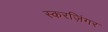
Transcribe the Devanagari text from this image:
स्करज़िंगर